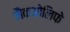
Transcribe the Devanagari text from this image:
मैकओलिफे